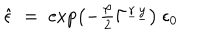
LaTeX: \hat { \epsilon } \; = \; \exp \left( - \textstyle { \frac { \varphi } { 2 } } \Gamma ^ { \underline { { { r } } } \underline { { { y } } } } \right) \ \epsilon _ { 0 }